Report on the treatment of epidemic cholera: from information collected by the governments of Bengal, Madras, Bombay, N.W. Provinces, Punjab, Oudh, and Central India, by order of the Government of India
Disease focus: Cholera
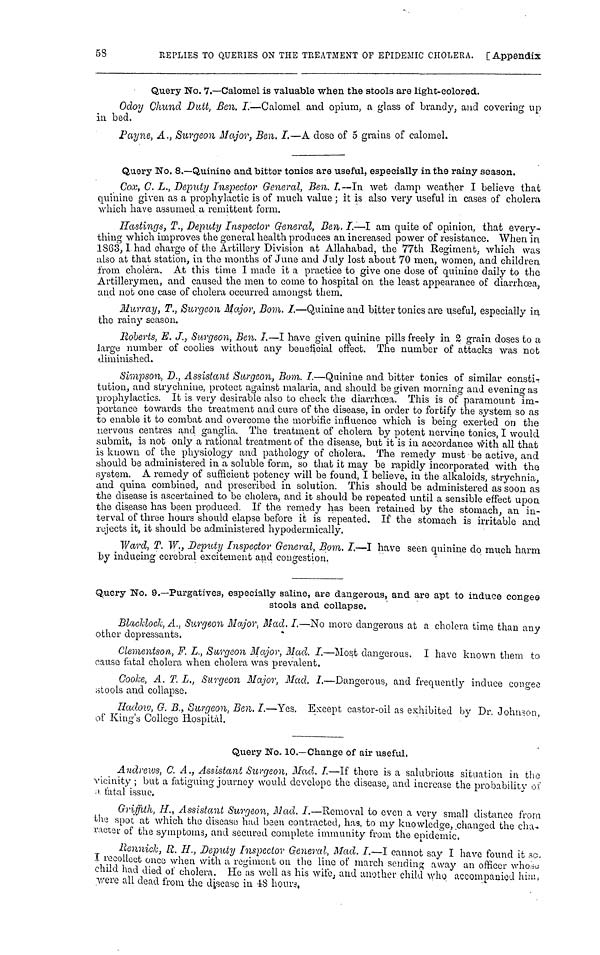
58
REPLIES TO QUERIES ON THE TREATMENT OF EPIDEMIC CHOLERA. [Appendix
Query No. 7.—Calomel is valuable when the stools are light-colored.
Odoy Chund Dutt, Ben. I.—Calomel and opium, a glass of brandy, and covering up
in bed.
Payne, A., Surgeon Major, Ben. I.—A dose of 5 grains of calomel.
Query No. 8.—Quinine and bitter tonics are useful, especially in the rainy season.
Cox, C, L., Deputy Inspector General, Ben. I. —In wet damp weather I believe that
quinine given as a prophylactic is of much value ; it is also very useful in cases of cholera
which have assumed a remittent form.
Hastings, T., Deputy Inspector General, Ben. I-—I am quite of opinion, that every-
thing which improves the general health produces an increased power of resistance. When in
1S63, I had charge of the Artillery Division at Allahabad, the 77th Kegiment which was
also at that station, in the months of June and July lost about 70 men, women, and children
from cholera. At this time I made it a practice to give one dose of quinine daily to the
Artillerymen, and caused the men to come to hospital on the least appearance of diarrhœa,
and not one case of cholera occurred amongst them.
Murray, T., Surgeon Major, Bom. I.—Quinine and bitter tonics are useful, especially in
the rainy season.
Roberts, E. J., Surgeon, Ben. I.—I have given quinine pills freely in 2 grain doses to a
large number of coolies without any beneficial effect. The number of attacks was not
diminished.
Simpson, D., Assistant Surgeon, Bom. I.—Quinine and bitter tonics of similar consti-
tution, and strychnine, protect against malaria, and should be given morning and evening as
prophylactics. It is very desirable also to check the diarrhœa. This is of paramount Im-
portance towards the treatment and cure of the disease, in order to fortify the system so as
to enable it to combat and overcome the morbific influence which is being exerted on the
nervous centres and ganglia. The treatment of cholera by potent nervine tonics, I would
submit, is not only a rational treatment of the disease, but it is in accordance with all that
is known of the physiology and pathology of cholera. The remedy must be active, and
should be administered in a soluble form, so that it may be rapidly incorporated with the
system. A remedy of sufficient potency will be found, I believe, in the alkaloids, strychnia,
and quina combined, and prescribed in solution. This should be administered as soon as
the disease is ascertained to be cholera, and it should be repeated until a sensible effect upon
the disease has been produced. If the remedy has been retained by the stomach, an in-
terval of three hours should elapse before it is repeated. If the stomach is irritable and
rejects it, it should be administered hypodermically.
Ward, T. W., Deputy Inspector General, Bom. I.—I have seen quinine do much harm
by inducing cerebral excitement and congestion.
Query No. 9.—Purgatives, especially saline, are dangerous, and are apt to induce congee
stools and collapse.
Blacklock, A., Surgeon Major, Mad. I.—No more dangerous at a cholera time than any
other depressants.
Clementson, F. L., Surgeon Major, Mad. I.—Most dangerous. I have known them to
cause fatal cholera when cholera was prevalent.
Cooke, A. T. L., Surgeon Major, Mad. I.—Dangerous, and frequently induce congee
stools and collapse.
Hadow, G. B., Surgeon, Ben. I.—Yes. Except castor-oil as exhibited by Dr. John>on
of King's College Hospital.
Query No. 10.—Change of air useful.
Andrews, C. A., Assistant Surgeon, Mad. I.—If there is a salubrious situation in the
vicinity ; but a fatiguing journey would develope the disease, and increase the probability of
a fatal issue,
Griffith, H., Assistant Surgeon, Mad. I.—Removal ίο even a very small distance from
the spot at which the disease had been contracted, has, to my knowledge, changed the cha-
r.ictor of the symptoms, and secured complete immunity from the
epidemic.
Rennick, R. H., Deputy Inspector General, Mad. I.—I cannot say I have found it so
I recollect once when with a regiment on the line of march sending away an officer whose
child had died of cholera. He as well as his wife, and another child who accompanied him,
were all dead from the disease in 48
hours.